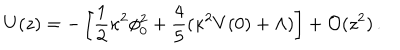
U ( z ) = - \left[ { \frac { 1 } { 2 } } \kappa ^ { 2 } \phi _ { 0 } ^ { 2 } + { \frac { 4 } { 5 } } ( \kappa ^ { 2 } V ( 0 ) + \Lambda ) \right] + { \cal O } ( z ^ { 2 } ) \, .